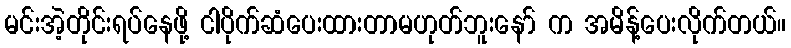
မင်းအဲ့တိုင်းရပ်နေဖို့ ငါပိုက်ဆံပေးထားတာမဟုတ်ဘူးနော် က အမိန့်ပေးလိုက်တယ်။